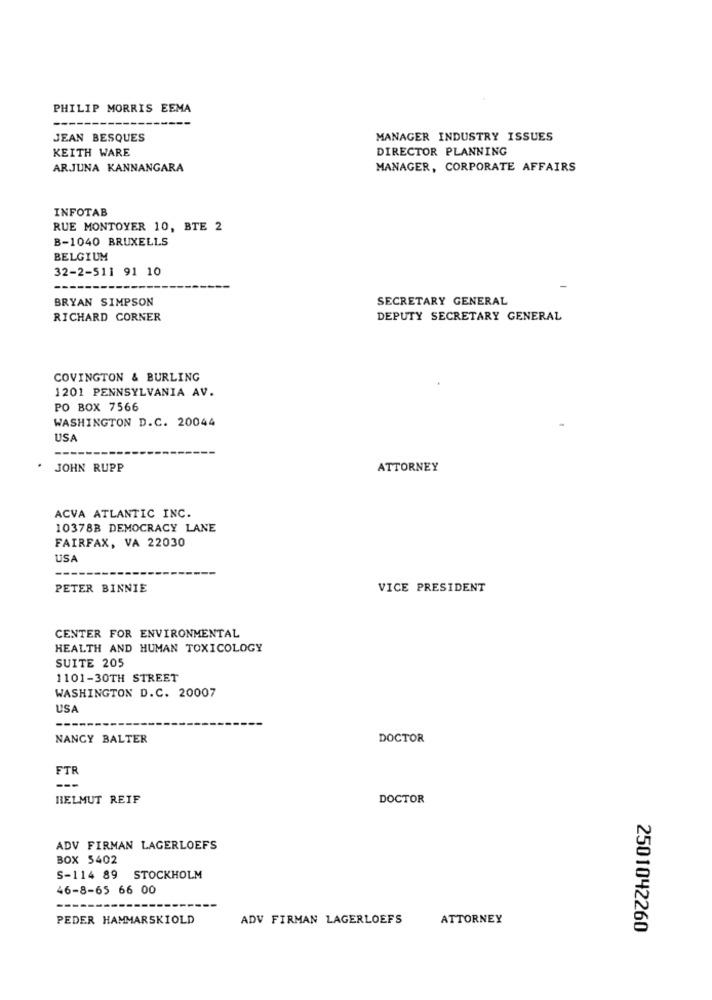
PHILIP MORRIS EEMA
JEAN BESQUES
MANAGER INDUSTRY ISSUES
KEITH WARE
DIRECTOR PLANNING
ARJUNA KANNANGARA
MANAGER, CORPORATE AFFAIRS
INFOTAB
RUE MONTOYER 10, BTE 2
B-1040 BRUXELLS
BELGIUM
32-2-511 91 10
BRYAN SIMPSON
SECRETARY GENERAL
RICHARD CORNER
DEPUTY SECRETARY GENERAL
COVINGTON & BURLING
1201 PENNSYLVANIA AV.
PO BOX 7566
WASHINGTON D.C. 20044
USA
. JOHN RUPP
ATTORNEY
ACVA ATLANTIC INC.
10378B DEMOCRACY LANE
FAIRFAX, VA 22030
USA
PETER BINNIE
VICE PRESIDENT
CENTER FOR ENVIRONMENTAL
HEALTH AND HUMAN TOXICOLOGY
SUITE 205
1101-30TH STREET
WASHINGTON D.C. 20007
USA
NANCY BALTER
DOCTOR
FTR
---
HELMUT REIF
DOCTOR
ADV FIRMAN LAGERLOEFS
BOX 5402
S-114 89 STOCKHOLM
46-8-65 66 00
PEDER HAMMARSKIOLD
ADV FIRMAN LAGERLOEFS
ATTORNEY
2501042260